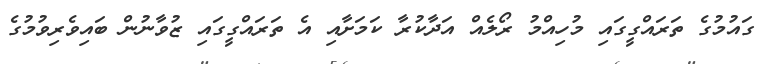
ގައުމުގެ ތަރައްގީގައި މުހިއްމު ރޯލެއް އަދާކުރާ ކަމަށާއި އެ ތަރައްގީގައި ޒުވާނުން ބައިވެރިވުމުގެ